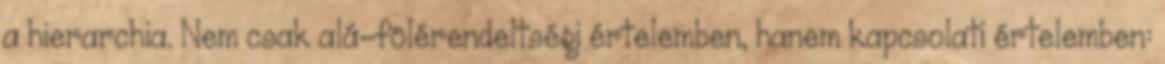
a hierarchia. Nem csak alá-fölérendeltségi értelemben, hanem kapcsolati értelemben: